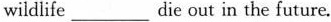
wildlife___die out in the future.